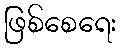
ဖြစ်စေရေး